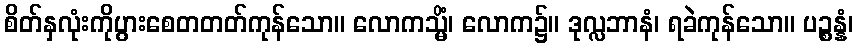
စိတ်နှလုံးကိုပွားစေတတတ်ကုန်သော။ လောကသ္မိံ၊ လောက၌။ ဒုလ္လဘာနံ၊ ရခဲကုန်သော။ ပဉ္စန္နံ၊